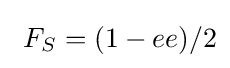
\ F_{S}=(1-ee)/2